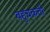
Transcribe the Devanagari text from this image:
बहुचकती